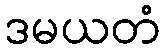
ဒမယတံ